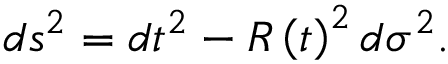
d s ^ { 2 } = d t ^ { 2 } - R \left( t \right) ^ { 2 } d \sigma ^ { 2 } .